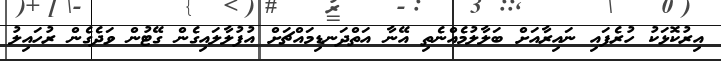
އިރުކޮޅަކު ހުރެފައި ނައިރާއަށް ބަލާލުމެއްނެތި އޭނާ އަތްދަނޑިމައްޗަށް އުފުލާލައިގެން ގޭޓުން ވަދެގެން ރުހައިލު